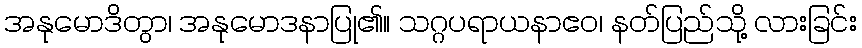
အနုမောဒိတွာ၊ အနုမောဒနာပြု၏။ သဂ္ဂပရာယနာဧဝ၊ နတ်ပြည်သို့ လားခြင်း